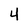
Character: 4